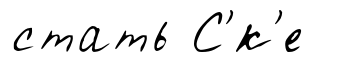
стать С'́к'е